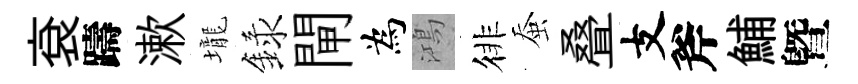
袞躊漱壠録閘為鴻徘蚕叠支斧鯆曁